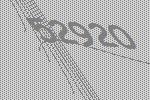
52920